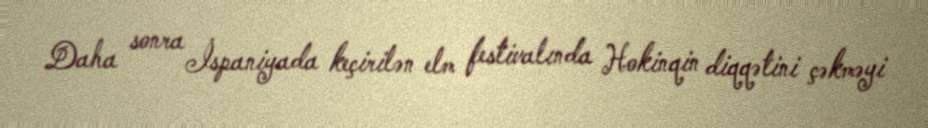
Daha sonra İspaniyada keçirilən elm festivalında Hokinqin diqqətini çəkməyi